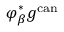
\varphi _ { \beta } ^ { * } g ^ { \mathrm { c a n } }